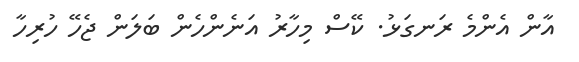
އާން އެންމެ ރަނގަޅު. ކޭސް މިހާރު އަނެންހެން ބަލަން ޖެހޭ ހުރިހާ